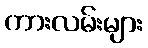
ကားလမ်းများ